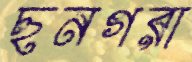
ছনগরা